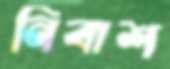
নিবাশ